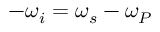
- \omega _ { i } = \omega _ { s } - \omega _ { P }